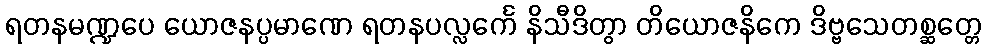
ရတနမဏ္ဍပေ ယောဇနပ္ပမာဏေ ရတနပလ္လင်္ကေ နိသီဒိတွာ တိယောဇနိကေ ဒိဗ္ဗသေတစ္ဆတ္တေ